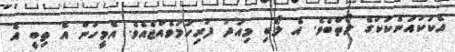
އެކަކުއަނެކަކުގެ ލޯތްބެވެ. އެ ލޯބި މިއަދު ފުރިހަމަވެއްޖެއެވެ. އެމީހުން އެ ތިބީ އެ